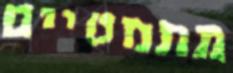
מתמטיים